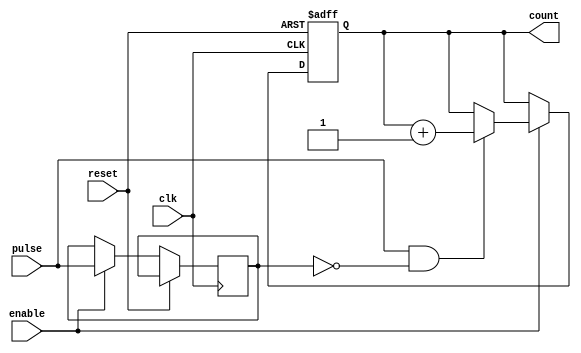
module PulseCounter (
    input wire clk,          // Clock input
    input wire reset,        // Asynchronous reset input
    input wire enable,       // Enable signal for counting
    input wire pulse,        // Input pulse signal
    output reg [N-1:0] count // Output count (N bits wide)
);
    parameter N = 8;         // Width of the count register (can be adjusted)
    
    // Edge detection logic
    reg pulse_last;          // Last pulse state for edge detection
    wire pulse_edge;         // Pulse edge signal
    
    always @(posedge clk or posedge reset) begin
        if (reset) begin
            count <= 0;      // Reset the count to zero
        end else if (enable) begin
            pulse_last <= pulse; // Store the last pulse state
            if (pulse && !pulse_last) begin // Rising edge detected
                count <= count + 1; // Increment count on rising edge
            end
        end
    end
    
    // Initializing last pulse state to avoid unknown state on first clock
    initial begin
        pulse_last = 0;
        count = 0;
    end
endmodule